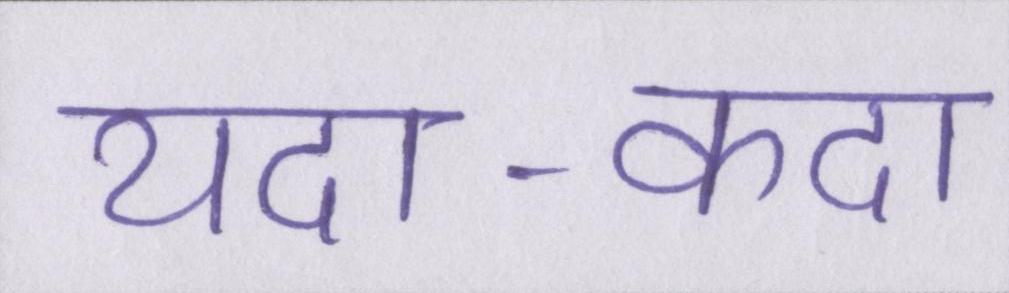
यदा-कदा